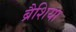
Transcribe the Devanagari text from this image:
ब्रैशिया